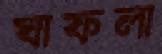
ঘাফলা